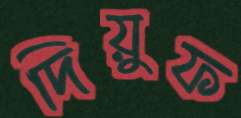
দিয়ুফ